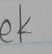
Signature authenticity: forged